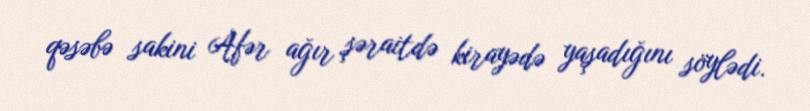
qəsəbə sakini Afər ağır şəraitdə kirayədə yaşadığını söylədi.